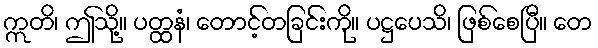
ဣတိ၊ ဤသို့။ ပတ္ထနံ၊ တောင့်တခြင်းကို။ ပဋ္ဌပေသိ၊ ဖြစ်စေပြီ။ တေ